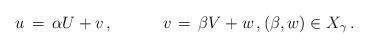
LaTeX: \begin{align*}u \, = \, \alpha U + v\,,~~~~~~~~~ v\, =\, \beta V + w\,, (\beta, w) \in X_\gamma\,. \end{align*}